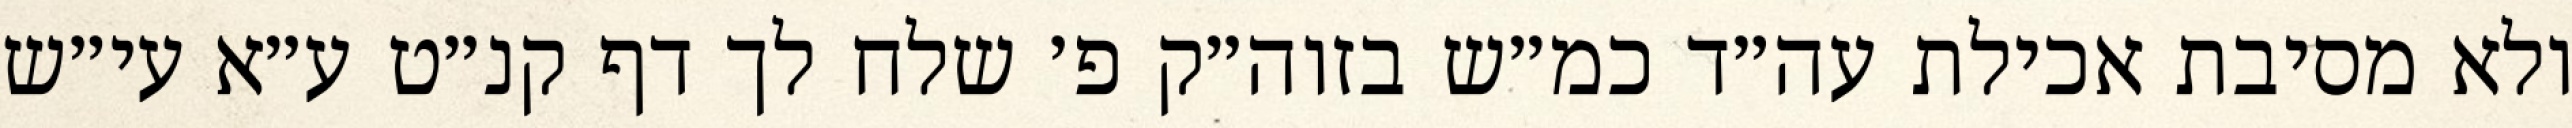
ולא מסיבת אכילת עה״ד כמ״ש בזוה״ק פ׳ שלח לך דף קנ״ט ע״א עי״ש